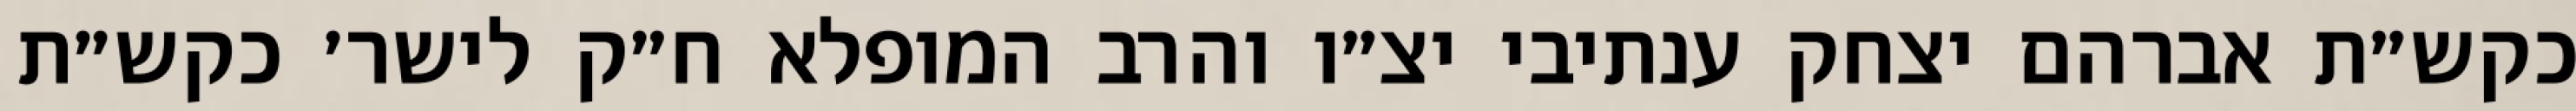
כקש״ת אברהם יצחק ענתיבי יצ״ו והרב המופלא ח״ק לישר׳ כקש״ת